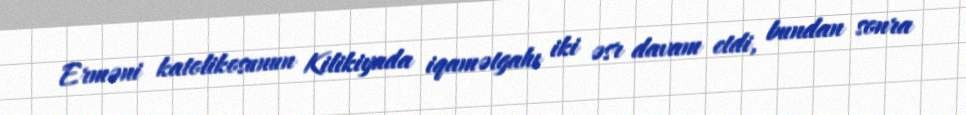
Erməni katolikosunun Kilikiyada iqamətgahı iki əsr davam etdi, bundan sonra